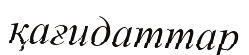
қағидаттар